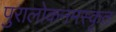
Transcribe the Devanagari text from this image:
पुरालोकनमस्कृत